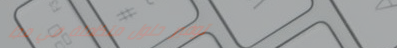
توفير حلول متكاملة في مجا